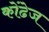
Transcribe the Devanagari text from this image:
कोंढेज